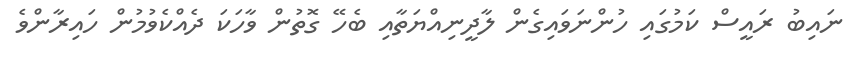
ނައިބު ރައީސް ކަމުގައި ހުންނަވައިގެން ލާދީނިއްޔަތާއި ބެހޭ ގޮތުން ވާހަކަ ދެއްކެވުމުން ހައިރާންވެ